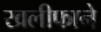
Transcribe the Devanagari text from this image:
खलीफाने